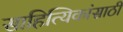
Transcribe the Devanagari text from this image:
साहित्यिकांसाठी